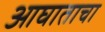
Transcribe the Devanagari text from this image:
आघाताचा